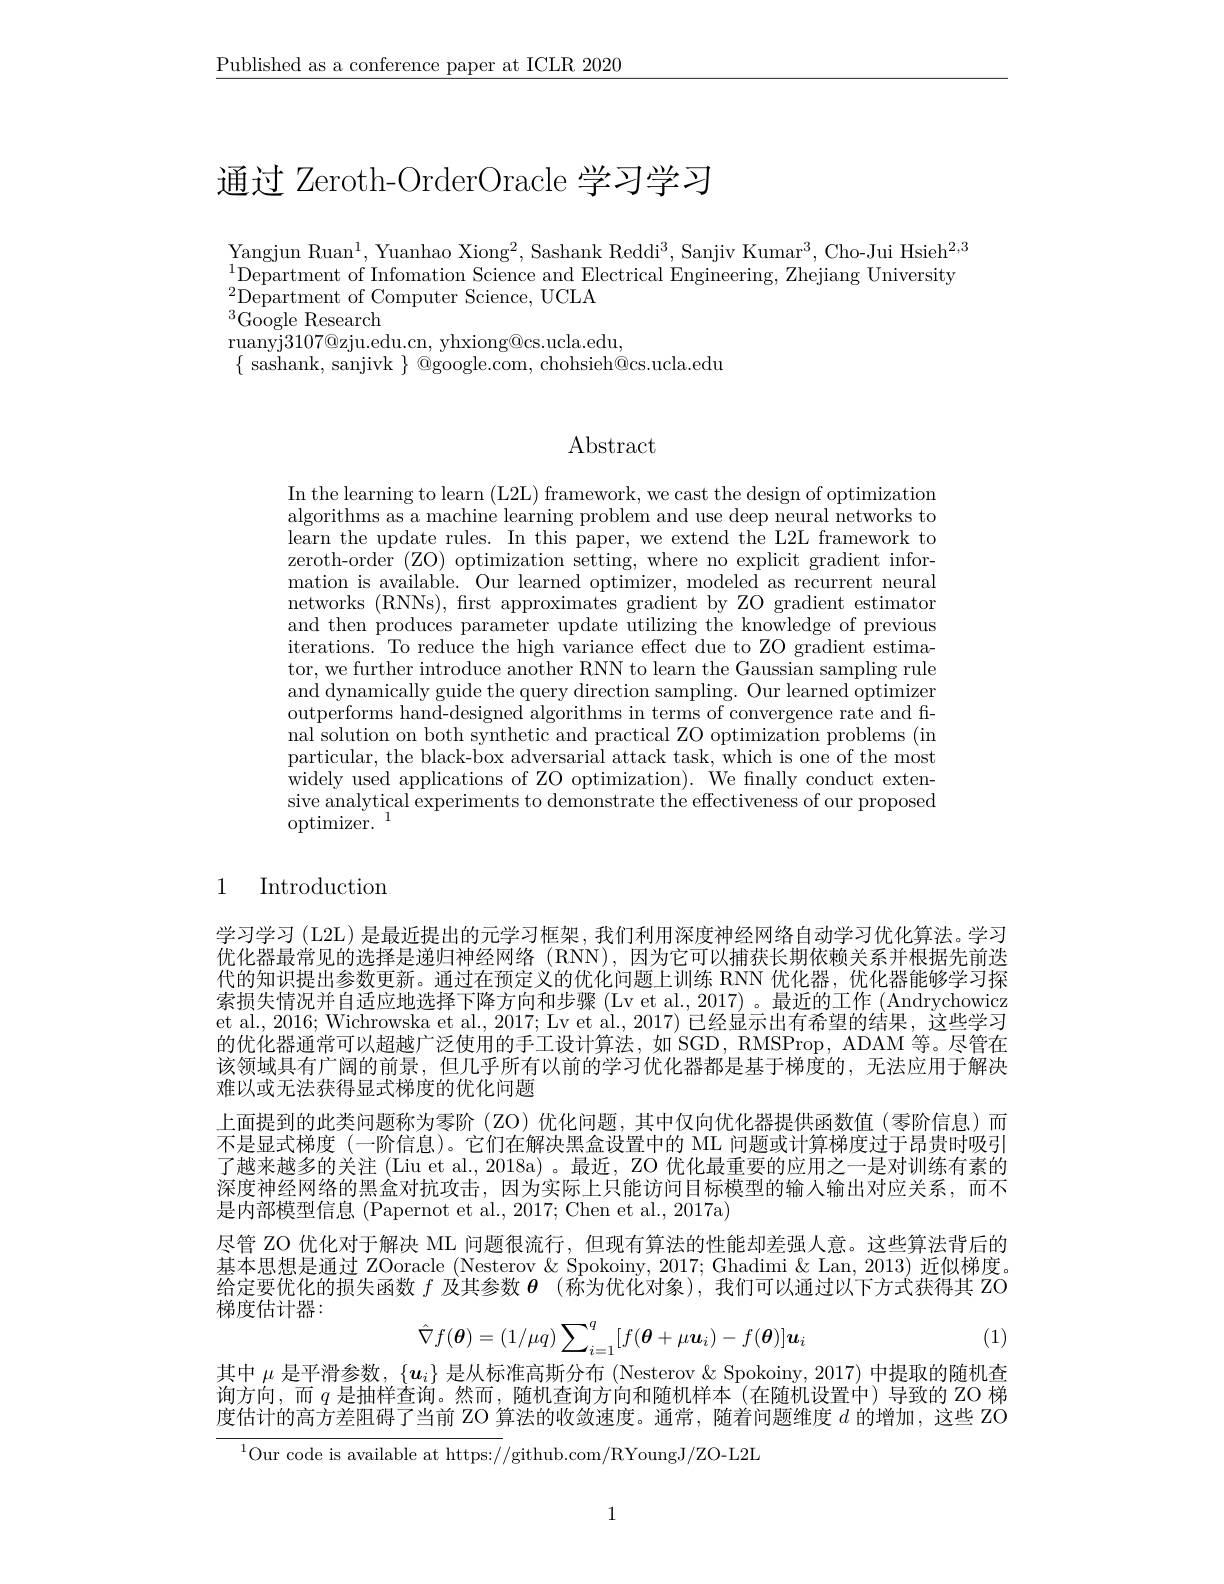
$\underline{\text{Published as a conference paper at ICLR 2020}}$

# 通过 Zeroth-OrderOracle 学习学习

$\underset{1}{\operatorname*{\operatorname*{\text{Yangjun Ruan}}}}^{1},\underset{1}{\operatorname*{\operatorname*{\text{Yuanhao Xiong}}}}^{2},\underset{\operatorname*{\text{Sashank Reddi}}}{3},\underset{\operatorname*{\operatorname*{\text{Sanjiv Kumar}}}}{3},\underset{\operatorname*{\operatorname*{\text{Cho-Jui Hsieh}}}}{2,3}$ $\begin{array}{c}{1}\\{\text{Department of Infomation Science and Electrical Engineering, Zhejiang University}}\end{array}$ $^{2}$Department of Computer Science, UCLA
$^{3}$Google Research$^{3}$
$\mathop{\mathrm{ruanyj}}3107@$zju.edu.cn, yhxiong@cs.ucla.edu,
$\{\begin{array}{c}\text{sashank, sanjivk}\end{array}\}\begin{array}{c}\bar{\text{Qgoogle.com, chohsieh@cs.ucla.edu}}\\\end{array}$

# $\operatorname{Abstract}$

In the learning to learn (L2L) framework, we cast the design of optimization algorithms as a machine learning problem and use deep neural networks to learn the update rules. In this paper, we extend the L2L framework to zeroth-order (ZO) optimization setting, where no explicit gradient information is available. Our learned optimizer, modeled as recurrent neural networks (RNNs), frst approximates gradient by ZO gradient estimator and then produces parameter update utilizing the knowledge of previous iterations. To reduce the high variance effect due to ZO gradient estimator, we further introduce another RNN to learn the Gaussian sampling rule and dynamically guide the query direction sampling. Our learned optimizer outperforms hand-designed algorithms in terms of convergence rate and final solution on both synthetic and practical ZO optimization problems ( in) particular, the black-box adversarial attack task, which is one of the most widely used applications of ZO optimization). We finally conduct extensive analytical experiments to demonstrate the effectiveness of our proposed optimizer.

### 1 Introduction

学习学习 (L2L) 是最近提出的元学习框架，我们利用深度神经网络自动学习优化算法。学习优化器最常见的选择是递归神经网络 (RNN),因为它可以捕获长期依赖关系并根据先前迭代的知识提出参数更新。通过在预定义的优化问题上训练 RNN 优化器，优化器能够学习探索损失情况并自适应地选择下降方向和步骤(Lv et al., 2017)。最近的工作(Andrychowicz et al., 2016; Wichrowska et al., 2017; Lv et al., 2017) 已经显示出有希望的结果，这些学习的优化器通常可以超越广泛使用的手工设计算法，如'SGD, RMSProp, ADAM 等。尽管在该领域具有广阔的前景，但几乎所有以前的学习优化器都是基于梯度的，无法应用于解决难以或无法获得显式梯度的优化问题
上面提到的此类问题称为零阶(ZO)优化问题，其中仅向优化器提供函数值(零阶信息)而不是显式梯度(一阶信息)。它们在解决黑盒设置中的 ML 问题或计算梯度过于昂贵时吸引了越来越多的关注 (Liu et al., 2018a) 。最近，ZO 优化最重要的应用之一是对训练有素的深度神经网络的黑盒对抗攻击，因为实际上只能访问目标模型的输入输出对应关系，而不是内部模型信息 (Papernot et al., 2017; Chen et al., 2017a)
尽管 ZO 优化对于解决 ML 问题很流行，但现有算法的性能却差强人意。这些算法背后的基本思想是通过 ZOoracle (Nesterov&Spokoiny, 2017; Ghadimi& Lan, 2013) 近似梯度。$\overline{\text{给定要优化的损失函数 }f\text{ 及其参数 }\theta}(\hat{\text{称为优化对象),我们可以通过以下方式获得其 ZO}}$ 梯度估计器：
$$\hat{\nabla}f(\boldsymbol{\theta})=(1/\mu q)\sum_{i=1}^{q}[f(\boldsymbol{\theta}+\mu\boldsymbol{u}_{i})-f(\boldsymbol{\theta})]\boldsymbol{u}_{i}$$
(1)

其中$\mu$是平滑参数，$\{\boldsymbol{u}_i\}$是从标准高斯分布 (Nesterov & Spokoiny, 2017) 中提取的随机查询方向，而$q$是抽样查询。然而，随机查询方向和随机样本(在随机设置中)导致的 ZO 梯度估计的高方差阻碍了当前 ZO 算法的收敛速度。通常，随着问题维度$d$的增加，这些 ZO
$^{1}$Our code is available at https://github.com/RYoungJ/ZO-L2L

1